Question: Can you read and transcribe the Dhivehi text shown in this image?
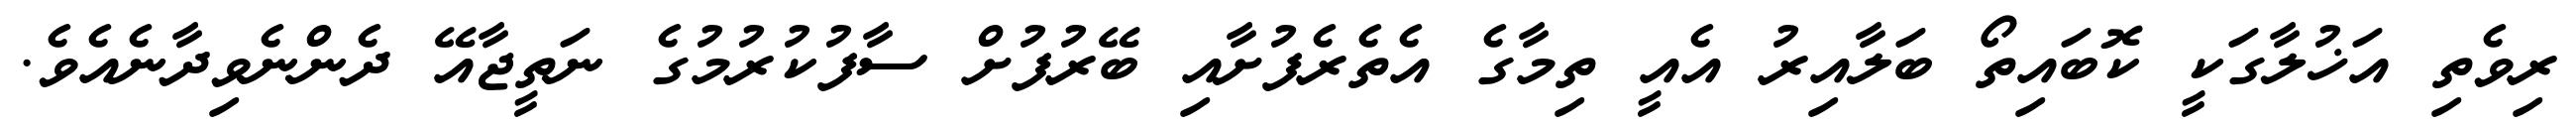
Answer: ރިވެތި އަޚުލާގަކީ ކޮބައިތޯ ބަލާއިރު އެއީ ތިމާގެ އެތެރެފުށާއި ބޭރުފުށް ސާފުކުރުމުގެ ނަތީޖާއޭ ދެންނެވިދާނެއެވެ.